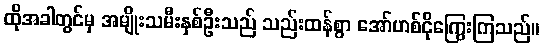
ထိုအခါတွင်မှ အမျိုးသမီးနှစ်ဦးသည် သည်းထန်စွာ အော်ဟစ်ငိုကြွေးကြသည်။